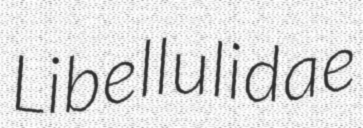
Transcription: Libellulidae